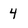
Character: 4